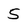
Character: 5